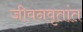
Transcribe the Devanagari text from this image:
जीवनवृतांत